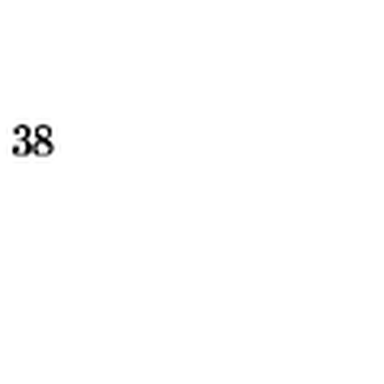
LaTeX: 3 8